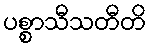
ပစ္စာသီသတီတိ